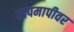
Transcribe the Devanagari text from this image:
तापमापीवर